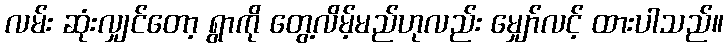
လမ်း ဆုံးလျှင်တော့ ရွာကို တွေ့လိမ့်မည်ဟုလည်း မျှော်လင့် ထားပါသည်။